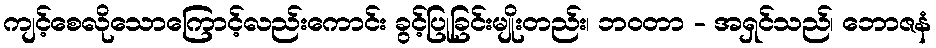
ကျင့်စေလိုသောကြောင့်လည်းကောင်း ခွင့်ပြုခြင်းမျိုးတည်း၊ ဘဝတာ - အရှင်သည်၊ ဘောဇနံ